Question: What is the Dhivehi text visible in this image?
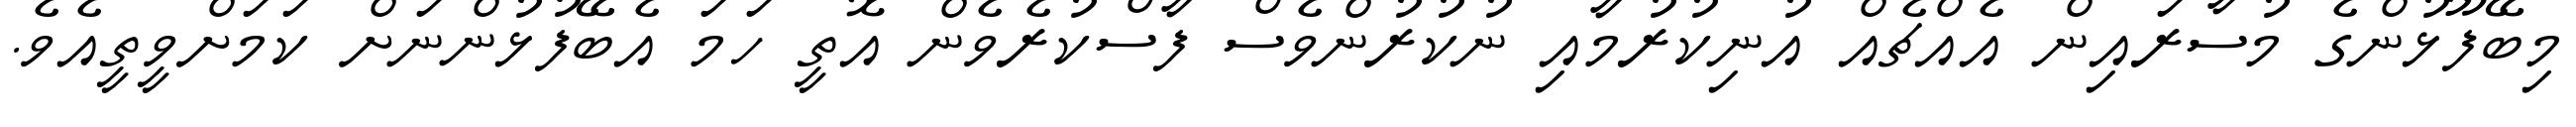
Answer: މިބޭފޫޅުންގެ މުސާރައިން އެއްޗެއް އުނިކުރުމާއި ނުކުރުންވެސް ފާސްކުރެވެން އޮތީ ހަމަ އެބޭފުޅުންނަށް ކަމަށްވީތީއެވެ.